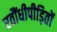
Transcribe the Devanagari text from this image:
रतौंधीपीड़ितों